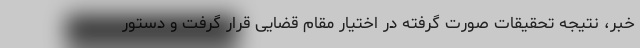
خبر، نتیجه تحقیقات صورت گرفته در اختیار مقام قضایی قرار گرفت و دستور